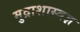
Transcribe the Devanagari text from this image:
मुद्राशास्त्रज्ञ